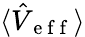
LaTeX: \langle\hat{V}_{\mathrm{~e~f~f~}}\rangle